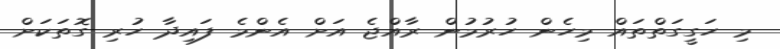
މި ހަގީގަތްތައް މިހެން ހުރުމުން ރާއްޖެ އަށް އެންމެ ފައިދާ ހުރި ގޮތަކަށް